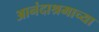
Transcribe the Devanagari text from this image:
आनंदाश्रमाच्या